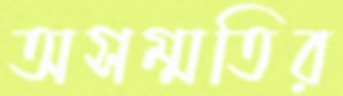
অসম্মতির